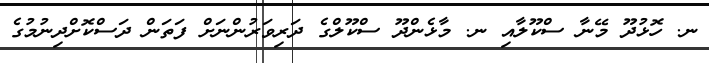
ނ. ހޮޅުދޫ މޭނާ ސްކޫލާއި ނ. މާޅެންދޫ ސްކޫލްގެ ދަރިވަރުންނަށް ފަތަން ދަސްކޮށްދިނުމުގެ